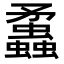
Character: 𧕑